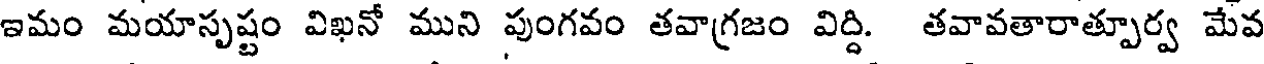
ఇమం మయాసృష్టం విఖనో ముని పుంగవం తవాగ్రజం విద్ది. తవావతారాత్పూర్వ మేవ